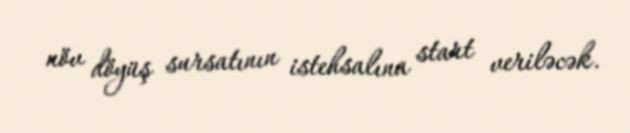
növ döyüş sursatının istehsalına start veriləcək.